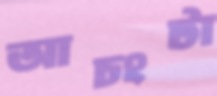
আচংটা